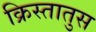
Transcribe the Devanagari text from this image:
क्रिस्‍तातुस